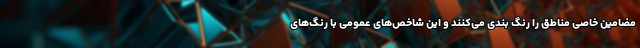
مضامین خاصی مناطق را رنگ بندی می‌کنند و این شاخص‌های عمومی با رنگ‌های